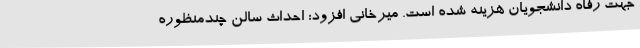
جهت رفاه دانشجویان هزینه شده است. میرخانی افزود: احداث سالن چندمنظوره